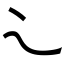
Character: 𬻿